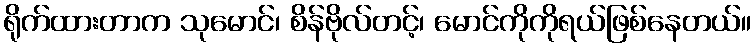
ရိုက်ထားတာက သုမောင်၊ စိန်ဗိုလ်တင့်၊ မောင်ကိုကိုရယ်ဖြစ်နေတယ်။